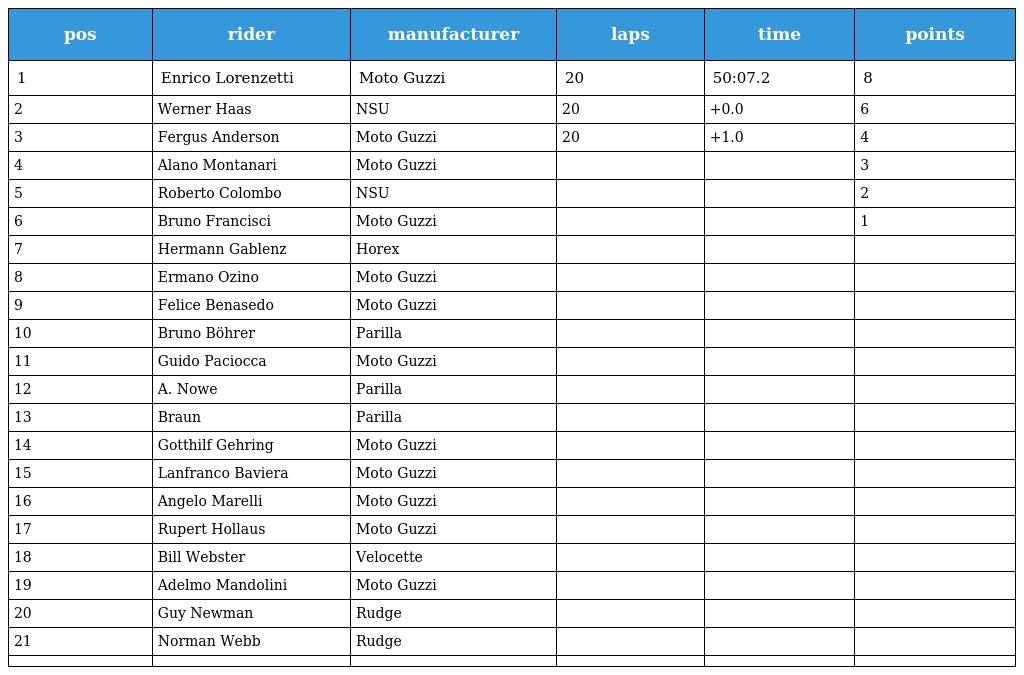
| pos | rider | manufacturer | laps | time | points |
 | --- | --- | --- | --- | --- | --- |
 | 1 | Enrico Lorenzetti | Moto Guzzi | 20 | 50:07.2 | 8 |
 | 2 | Werner Haas | NSU | 20 | +0.0 | 6 |
 | 3 | Fergus Anderson | Moto Guzzi | 20 | +1.0 | 4 |
 | 4 | Alano Montanari | Moto Guzzi |  |  | 3 |
 | 5 | Roberto Colombo | NSU |  |  | 2 |
 | 6 | Bruno Francisci | Moto Guzzi |  |  | 1 |
 | 7 | Hermann Gablenz | Horex |  |  |  |
 | 8 | Ermano Ozino | Moto Guzzi |  |  |  |
 | 9 | Felice Benasedo | Moto Guzzi |  |  |  |
 | 10 | Bruno Böhrer | Parilla |  |  |  |
 | 11 | Guido Paciocca | Moto Guzzi |  |  |  |
 | 12 | A. Nowe | Parilla |  |  |  |
 | 13 | Braun | Parilla |  |  |  |
 | 14 | Gotthilf Gehring | Moto Guzzi |  |  |  |
 | 15 | Lanfranco Baviera | Moto Guzzi |  |  |  |
 | 16 | Angelo Marelli | Moto Guzzi |  |  |  |
 | 17 | Rupert Hollaus | Moto Guzzi |  |  |  |
 | 18 | Bill Webster | Velocette |  |  |  |
 | 19 | Adelmo Mandolini | Moto Guzzi |  |  |  |
 | 20 | Guy Newman | Rudge |  |  |  |
 | 21 | Norman Webb | Rudge |  |  |  |
 |  |  |  |  |  |  |